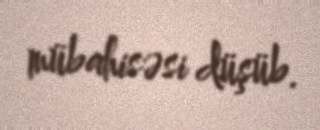
mübahisəsi düşüb.